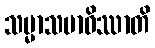
သမ္မာသမာဓိဿာတိ